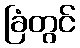
ခြံတွင်